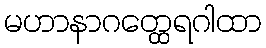
မဟာနာဂတ္ထေရဂါထာ